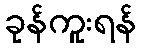
ခုန်ကူးရန်